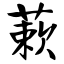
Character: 蔌